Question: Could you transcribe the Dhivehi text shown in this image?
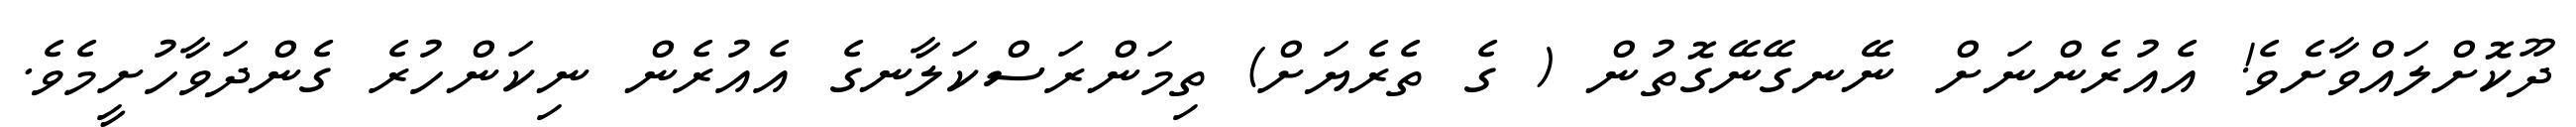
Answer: ދޫކޮށްލައްވާށެވެ! އެއުރެންނަށް ނޭނގޭނޭގޮތުން ( ގެ ތެރެޔަށް) ތިމަންރަސްކަލާނގެ އެއުރެން ނިކަންހުރެ ގެންދަވާހުށީމެވެ.